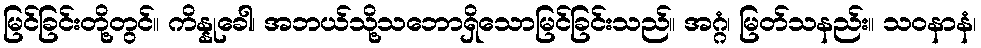
မြင်ခြင်းတို့တွင်။ ကိန္နုခေါ၊ အဘယ်သို့သဘောရှိသောမြင်ခြင်းသည်။ အဂ္ဂံ၊ မြတ်သနည်း။ သဝနာနံ၊